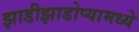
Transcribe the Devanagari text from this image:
झाडीझाडोप्यामध्ये